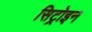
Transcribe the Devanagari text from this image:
सिट्रोइन